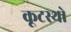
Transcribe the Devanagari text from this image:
कूटस्थो